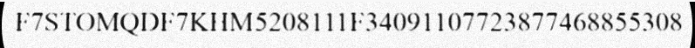
F7STOMQDF7KHM5208111F34091107723877468855308